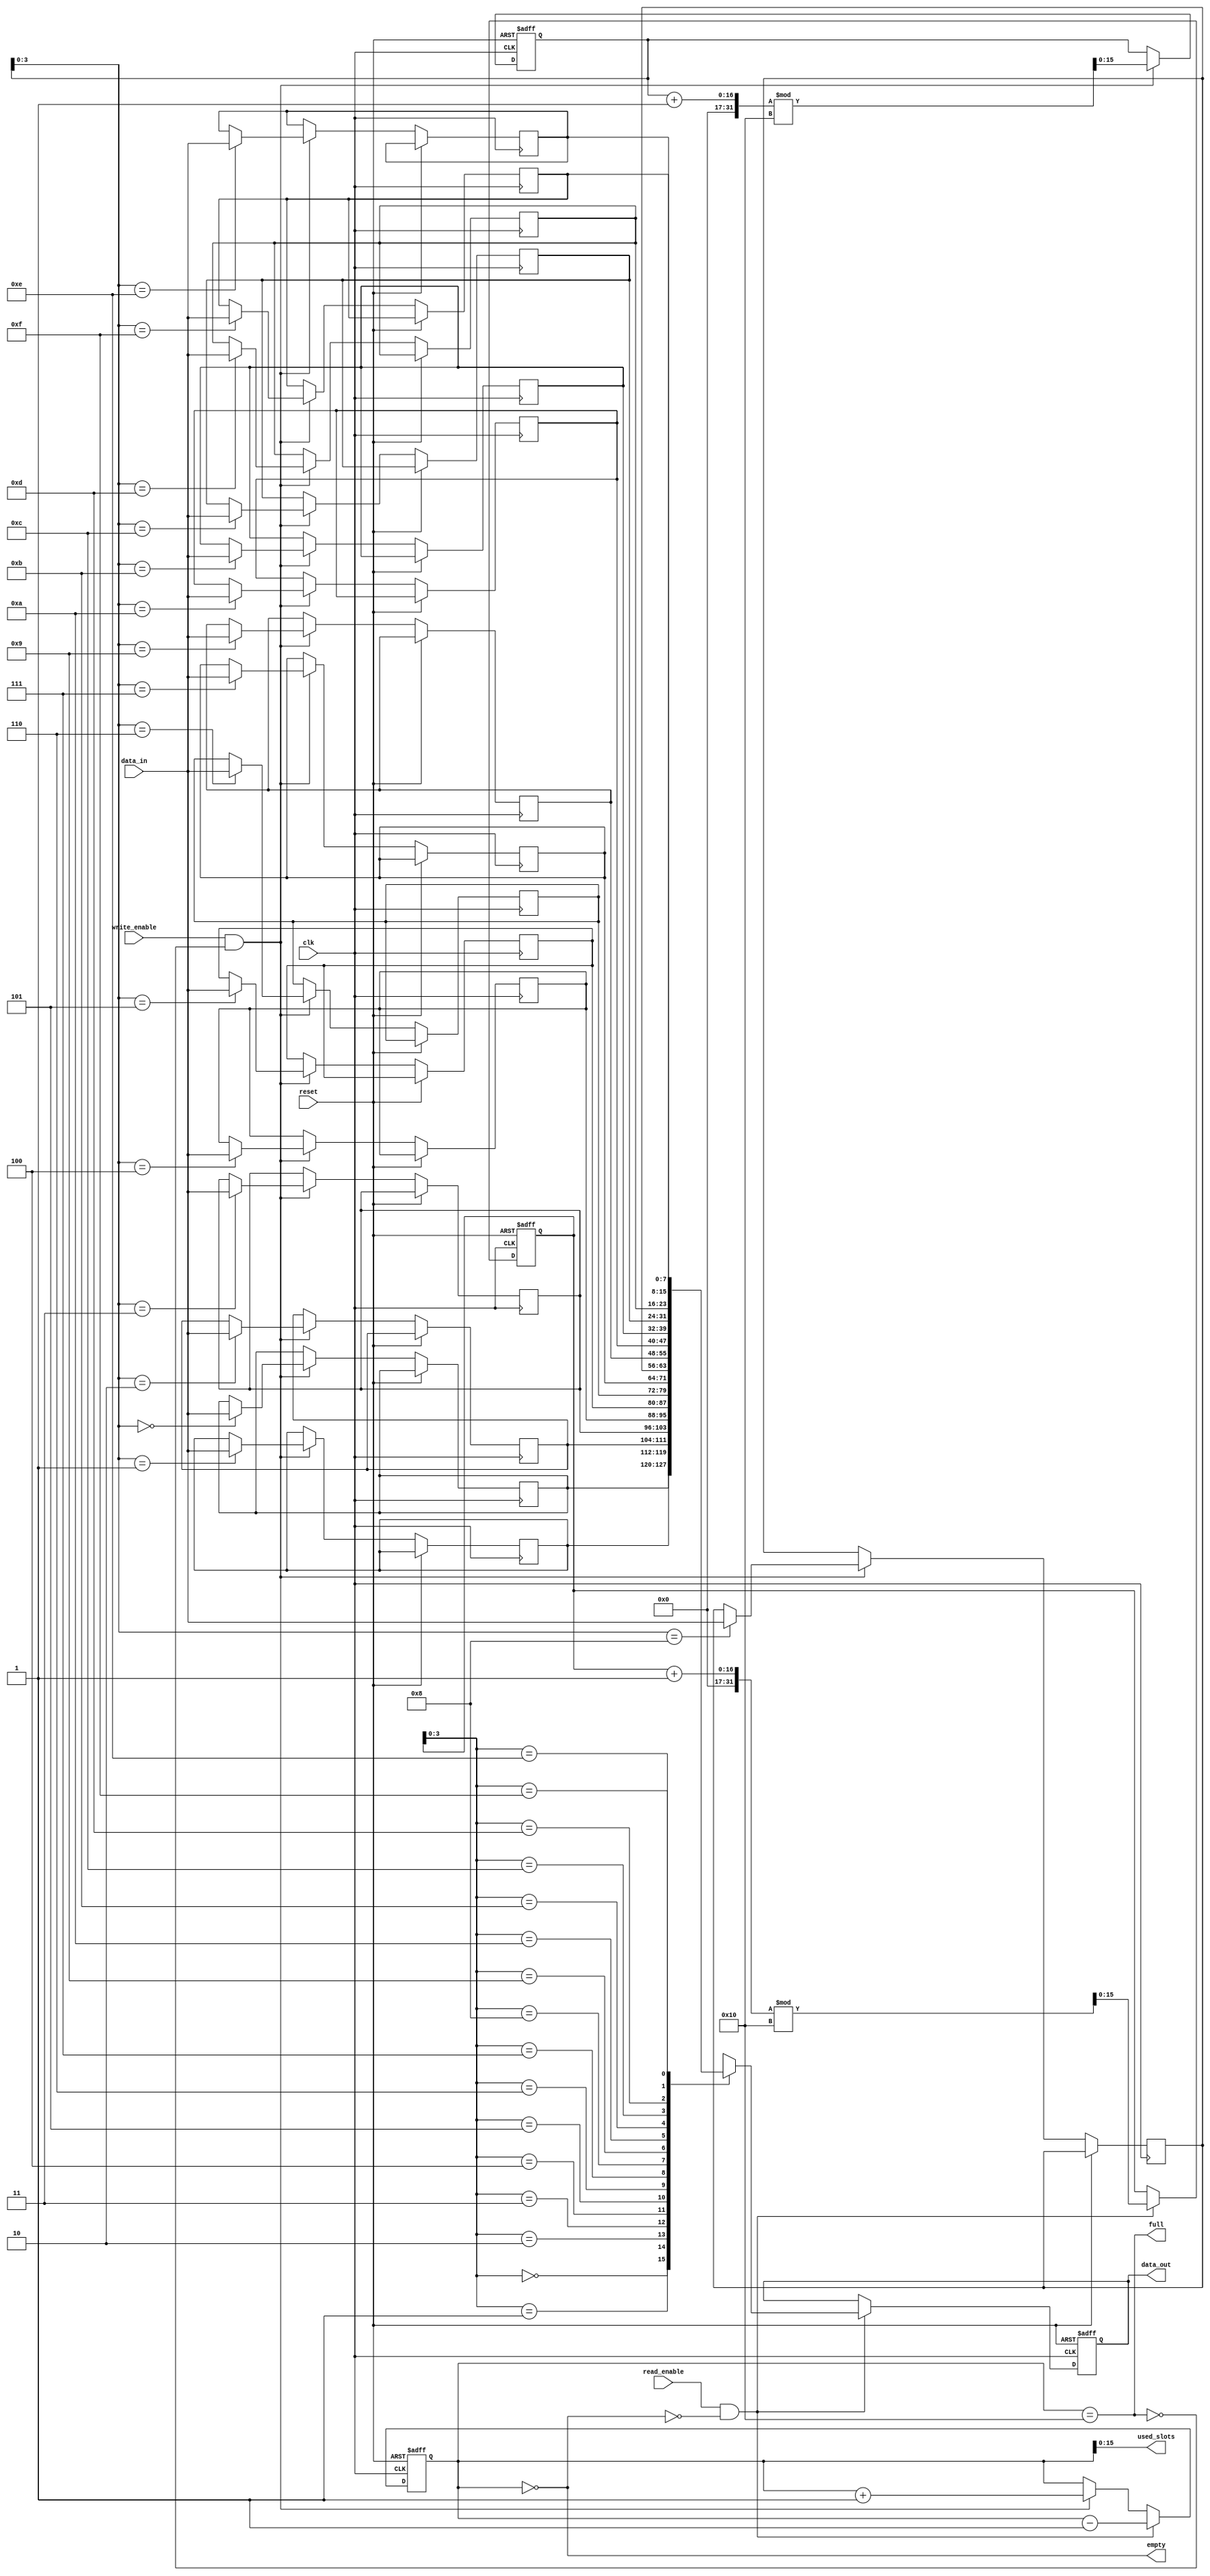
module parameterized_fifo #(
    parameter DATA_WIDTH = 8,     // Width of each data entry in bits
    parameter FIFO_DEPTH = 16      // Total number of entries (must be a power of two)
)(
    input  wire                     clk,               // Clock signal
    input  wire                     reset,             // Asynchronous reset signal
    input  wire                     write_enable,      // Control signal to write data
    input  wire                     read_enable,       // Control signal to read data
    input  wire [DATA_WIDTH-1:0]   data_in,          // Input data bus
    output reg  [DATA_WIDTH-1:0]    data_out,         // Output data bus
    output wire                     full,              // FIFO full status
    output wire                     empty,             // FIFO empty status
    output wire [FIFO_DEPTH-1:0]   used_slots         // Number of slots currently used
);

    // Internal memory array
    reg [DATA_WIDTH-1:0] fifo_mem [0:FIFO_DEPTH-1];

    // Pointers and counter
    reg [FIFO_DEPTH-1:0] read_pointer;
    reg [FIFO_DEPTH-1:0] write_pointer;
    reg [FIFO_DEPTH:0] count; // One additional bit to differentiate between full and empty

    // Full and empty status signals
    assign full = (count == FIFO_DEPTH);
    assign empty = (count == 0);
    assign used_slots = count;

    always @(posedge clk or posedge reset) begin
        if (reset) begin
            read_pointer <= 0;
            write_pointer <= 0;
            count <= 0;
            data_out <= 0;
        end else begin
            // Write operation
            if (write_enable && !full) begin
                fifo_mem[write_pointer] <= data_in;
                write_pointer <= (write_pointer + 1) % FIFO_DEPTH;
                count <= count + 1;
            end
            
            // Read operation
            if (read_enable && !empty) begin
                data_out <= fifo_mem[read_pointer];
                read_pointer <= (read_pointer + 1) % FIFO_DEPTH;
                count <= count - 1;
            end
        end
    end

endmodule